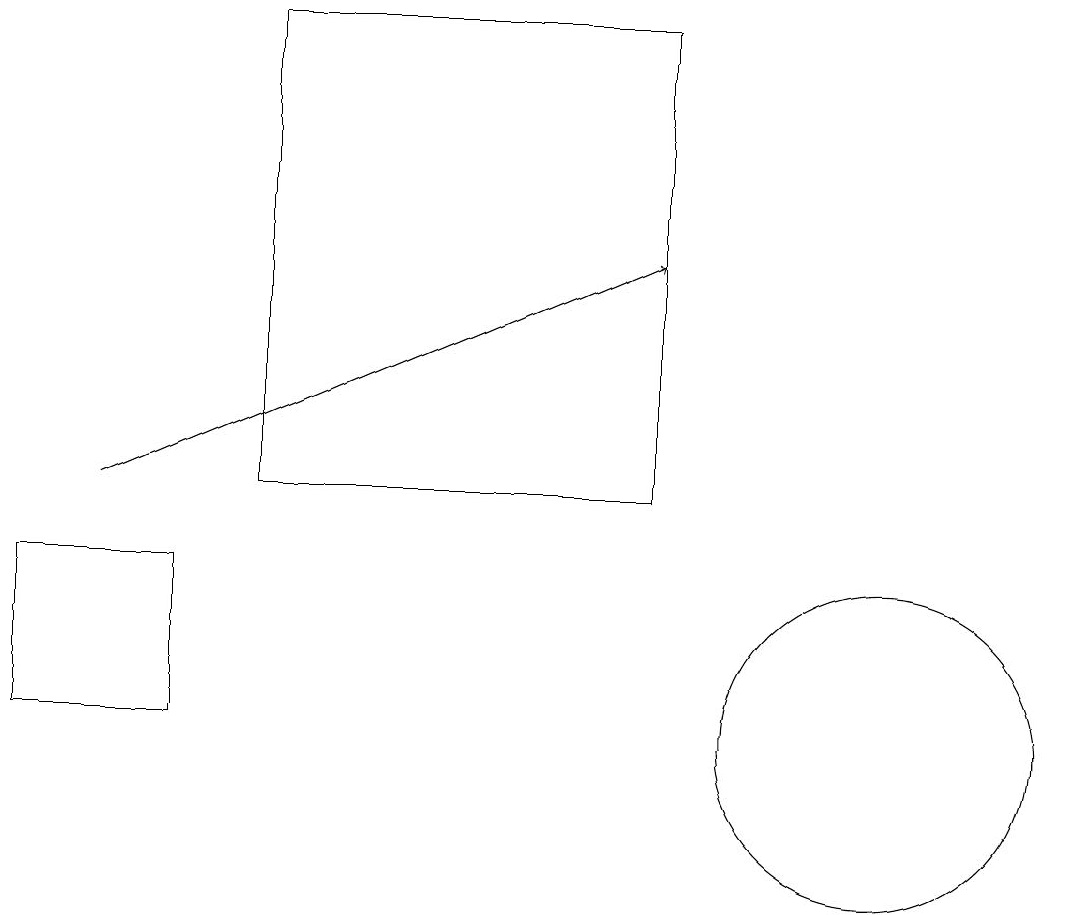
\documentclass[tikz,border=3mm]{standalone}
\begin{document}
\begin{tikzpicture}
\draw (9,19) rectangle (4,13);
\draw (11,11) circle (0);
\draw[->] (2,13) -- (9,16);
\draw (12,10) circle (2);
\draw (1,10) rectangle (3,12);
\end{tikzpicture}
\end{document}